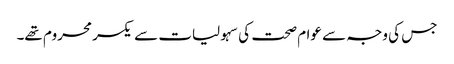
جس کی وجہ سے عوام صحت کی سہولیات سے یکسر محروم تھے۔